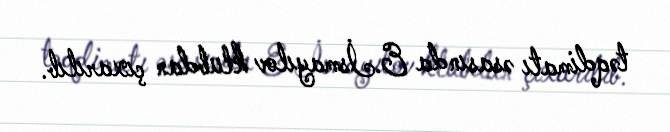
təqdimatı əsasında E.İsmayılov klubdan çıxarılıb.